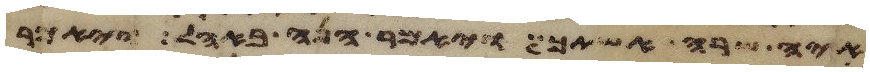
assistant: איה שרה אשתך ויאמר הנה באהל ויאמר